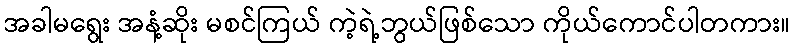
အခါမရွေး အနံ့ဆိုး မစင်ကြယ် ကဲ့ရဲ့ဘွယ်ဖြစ်သော ကိုယ်ကောင်ပါတကား။